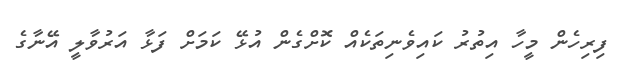
ފިރިހެން މީހާ އިތުރު ކައިވެނިތަކެއް ކޮށްގެން އުޅޭ ކަމަށް ފަޅާ އަރުވާލީ އޭނާގެ